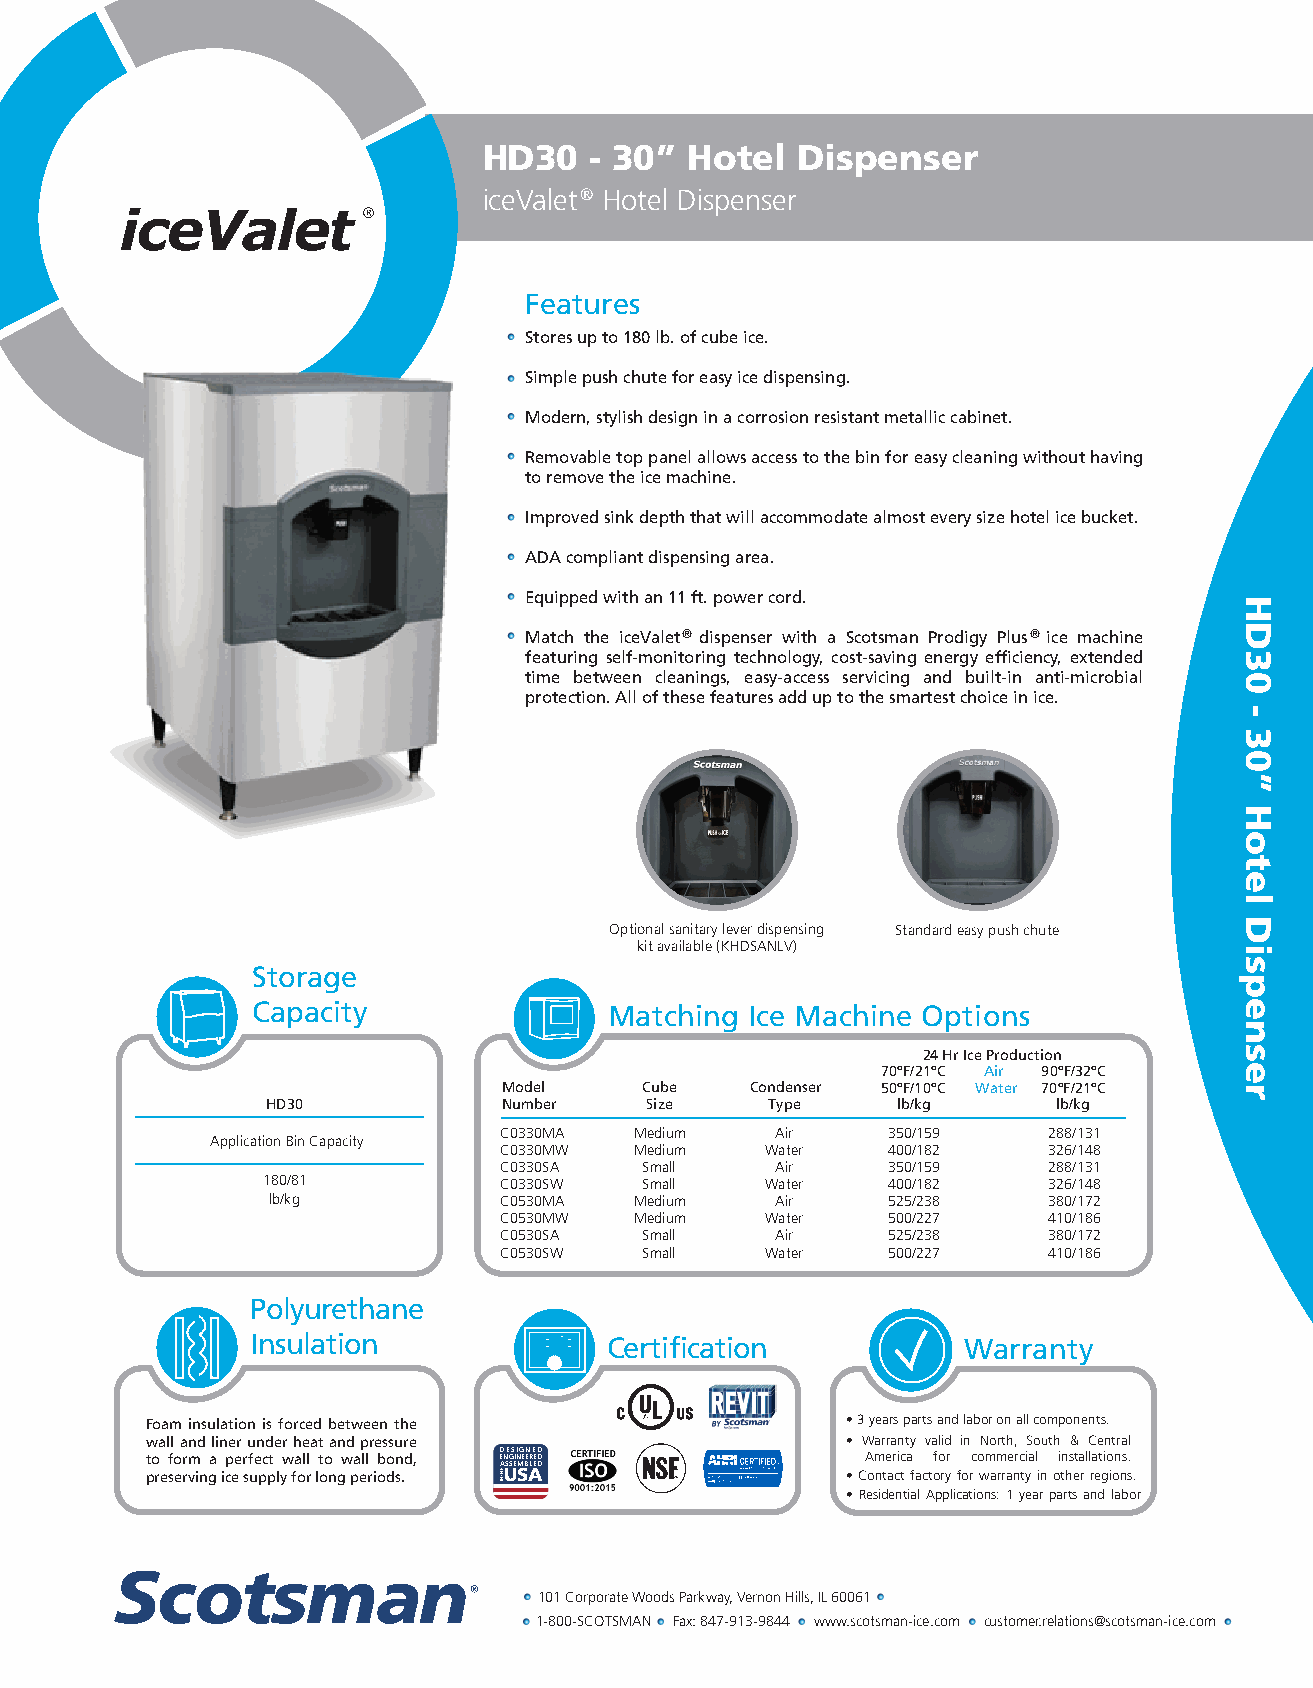
HD30   - 30”  Hotel  Dispenser
 iceValet ® Hotel Dispenser
 Features
 Stores up to 180 lb. of cube ice.
 Simple push chute for easy ice dispensing.
 Modern, stylish design in a corrosion resistant metallic cabinet.
 Removable top panel allows access to the bin for easy cleaning without having
 to remove the ice machine.
 Improved sink depth that will accommodate almost every size hotel ice bucket.
 ADA compliant dispensing area.
 Equipped with an 11 ft. power cord.
 Match the iceValet ® dispenser with a Scotsman Prodigy Plus ® ice machine
 featuring self-monitoring technology, cost-saving energy efficiency, extended
 time between cleanings, easy-access servicing and built-in anti-microbial
 protection. All of these features add up to the smartest choice in ice.
 Optional sanitary lever dispensing Standard easy push chute
 kit available (KHDSANLV)
 Storage
 Capacity               Matching  Ice Machine Options
 24 Hr Ice Production
 70ºF/21ºC Air 90ºF/32ºC
 Model    Cube    Condenser 50ºF/10ºC Water 70ºF/21ºC
 HD30           Number    Size    Type    lb/kg      lb/kg
 C0330MA  Medium   Air     350/159   288/131
 Application Bin Capacity
 C0330MW  Medium   Water   400/182   326/148
 C0330SA   Small   Air     350/159   288/131
 180/81          C0330SW   Small   Water   400/182   326/148
 lb/kg          C0530MA  Medium   Air     525/238   380/172
 C0530MW  Medium   Water   500/227   410/186
 C0530SA   Small   Air     525/238   380/172
 C0530SW   Small   Water   500/227   410/186
 Polyurethane
 Insulation             Certification           Warranty
 Foam insulation is forced between the         • 3 years parts and labor on all components.
 wall and liner under heat and pressure        • Warranty valid in North, South & Central
 to form a perfect wall to wall bond, ED NE GS INIG EEN RE ED D America for commercial installations.
 ASSEMBLED
 preserving ice supply for long periods. USA   • Contact factory for warranty in other regions.
 • Residential Applications: 1 year parts and labor
 101 Corporate Woods Parkway, Vernon Hills, IL 60061
 1-800-SCOTSMAN Fax: 847-913-9844 www.scotsman-ice.com customer.relations@scotsman-ice.com
 EHT NI
 HD30
 -
 30”
 Hotel
 Dispenser